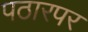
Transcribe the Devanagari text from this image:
पठारपर